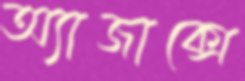
অ্যাজাক্সে